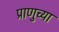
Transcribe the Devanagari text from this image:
प्राणुच्या